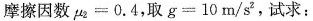
摩擦因数$$μ _ { 2 } = 0 .4$$ ，取$$g = 1 0 m / s ^ { 2 }$$ ，试求：